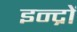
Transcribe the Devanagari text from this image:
इन्द्रों